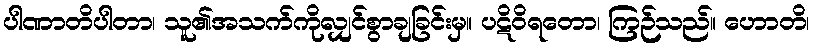
ပါဏာတိပါတာ၊ သူ၏အသက်ကိုလျှင်စွာချခြင်းမှ။ ပဋိဝိရတော၊ ကြဉ်သည်။ ဟောတိ၊